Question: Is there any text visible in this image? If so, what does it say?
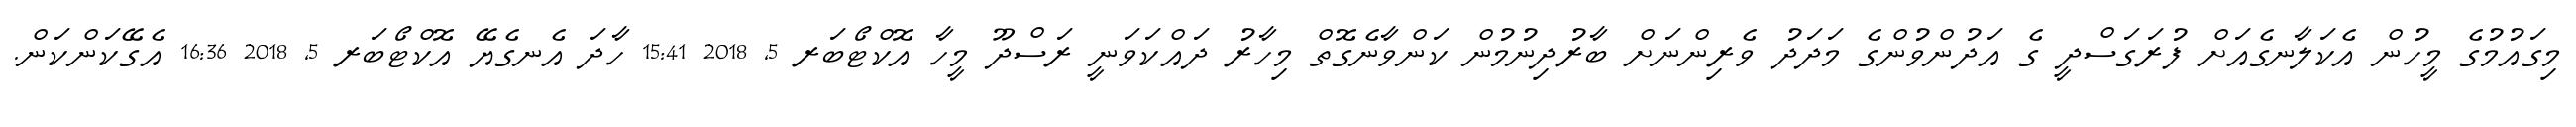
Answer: މިގައުމުގެ މީހުން އެކަލާނގެއަށް ފުރަގަސްދީ ގެ އަދުންވުންގެ މަދަދު ވެރިންނަށް ބާރުދިނުމުން ކަންވާނެގޮތް މިހާރު ދައްކަވަނީ ރަސްދޫ މީހާ އޮކްޓޯބަރ 5, 2018 15:41 ހާދަ އެނގެޔޭ އޮކްޓޯބަރ 5, 2018 16:36 އެގޭކަންކަން.